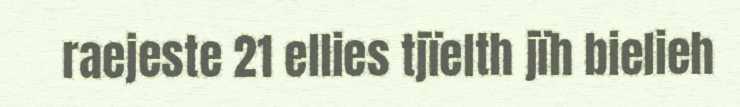
raejeste 21 ellies tjïelth jïh bielieh